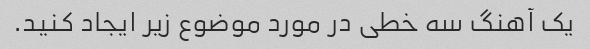
یک آهنگ سه خطی در مورد موضوع زیر ایجاد کنید.